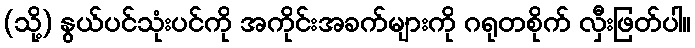
(သို့) နွယ်ပင်သုံးပင်ကို အကိုင်းအခက်များကို ဂရုတစိုက် လှီးဖြတ်ပါ။